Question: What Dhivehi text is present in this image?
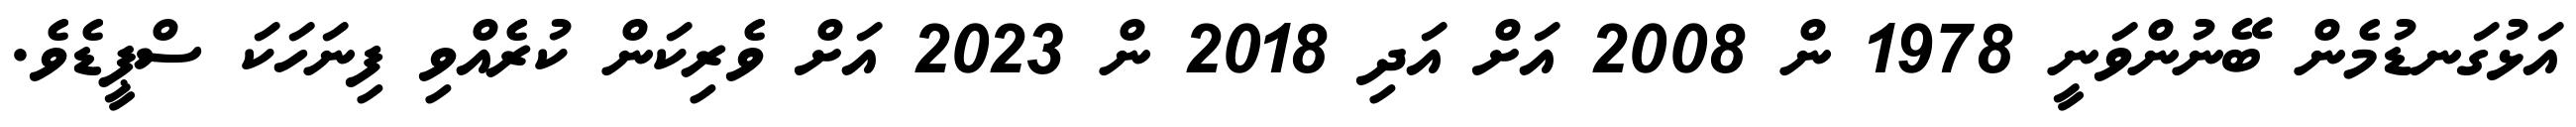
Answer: އަޅުގަނޑުމެން ބޭނުންވަނީ 1978 ން 2008 އަށް އަދި 2018 ން 2023 އަށް ވެރިކަން ކުރެއްވި ފިނަހަކަ ސްޕީޑެވެ.